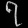
Digit: ၇